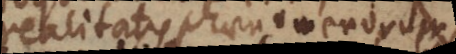
realitatis phaenomenorum,